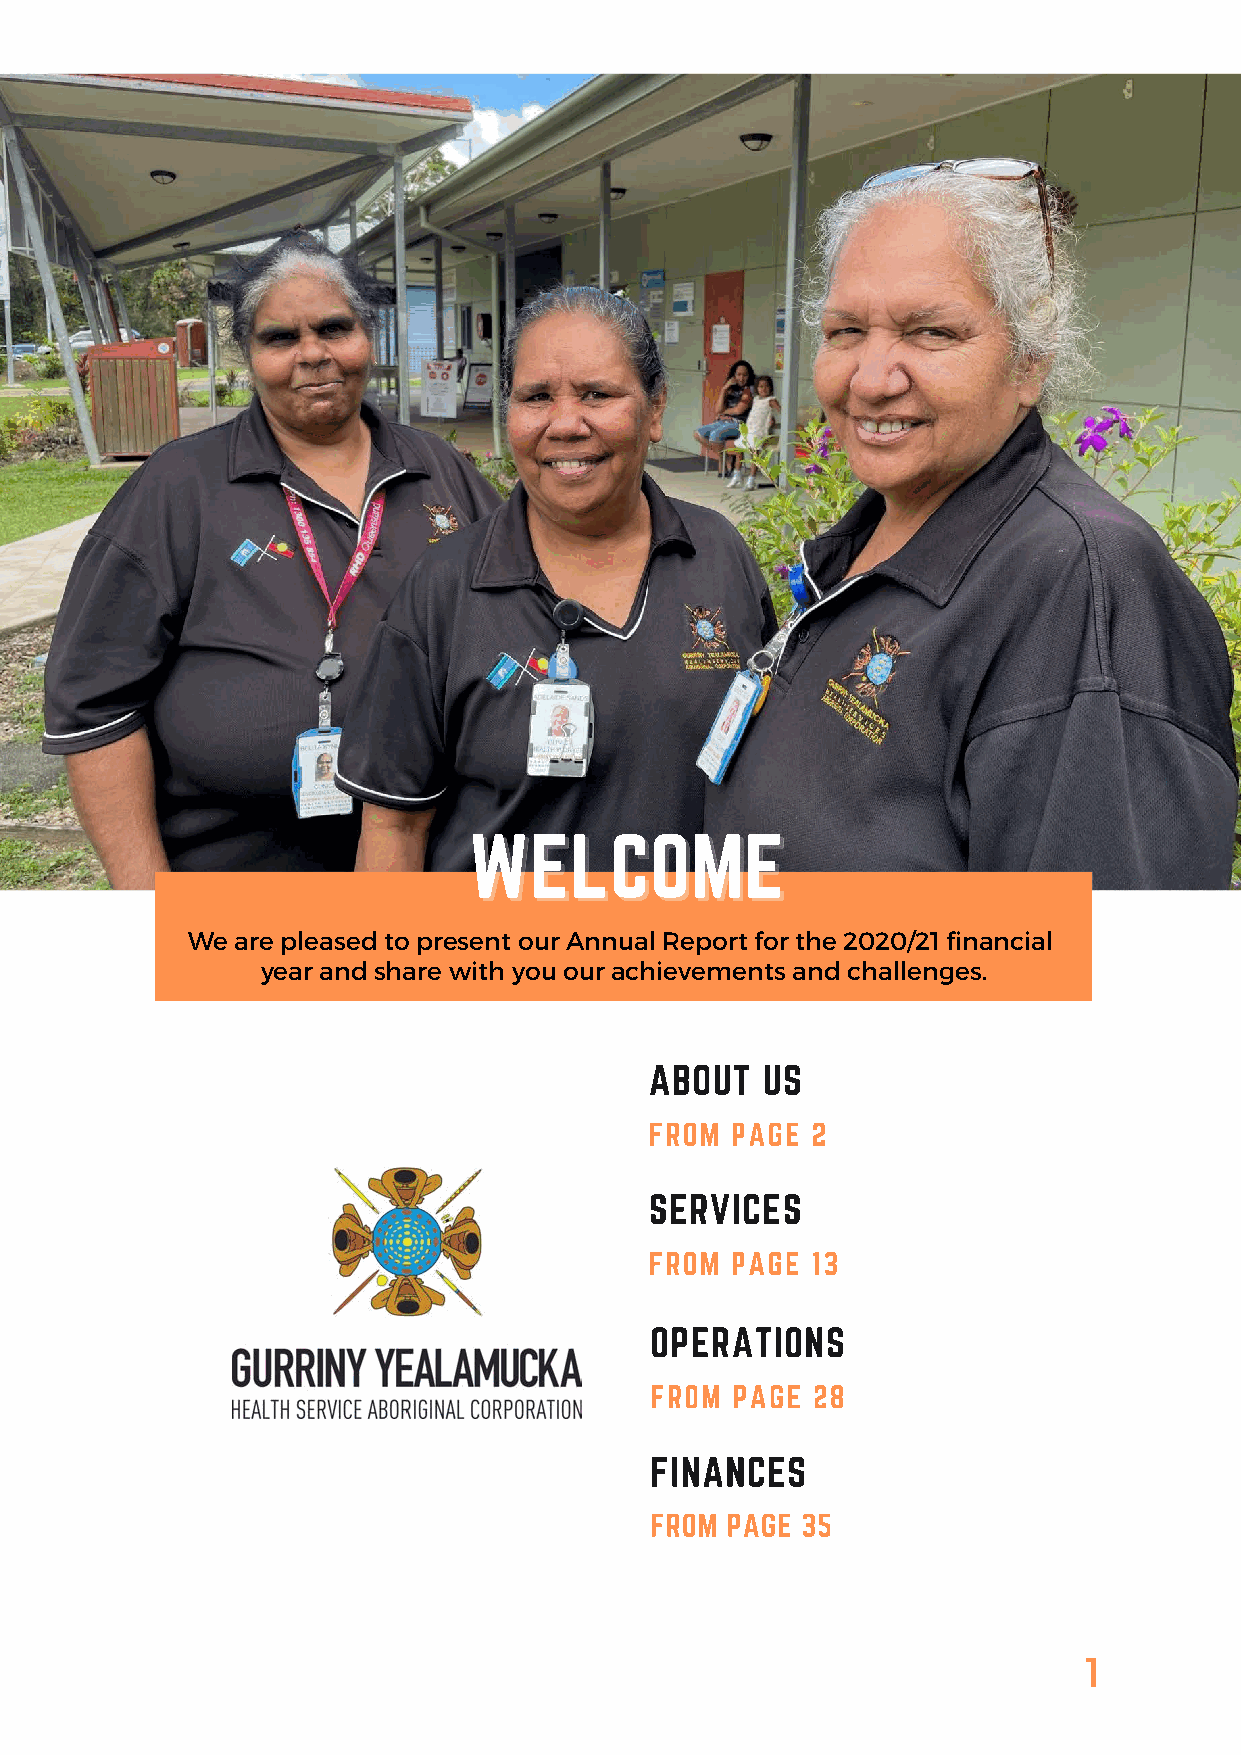
We  are pleased to present our Annual Report for the 2020/21 financial
 year and share with you our achievements and challenges.
 1